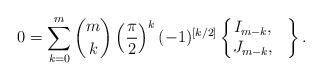
LaTeX: \begin{gather*} 0 = \sum_{k = 0}^m \binom{m}{k} \left( \frac{\pi}{2} \right)^k (- 1)^{[k / 2]} \left\{ \begin{matrix} I_{m - k}, & \\ J_{m - k}, & \end{matrix} \right\} . \end{gather*}